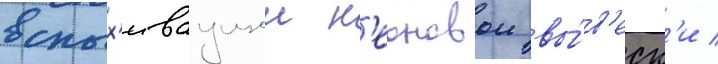
вспых'иваущеи н'еоновои вы́в'еск'и /